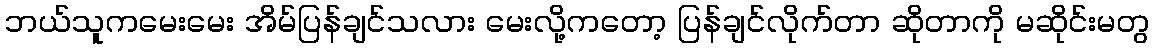
ဘယ်သူကမေးမေး အိမ်ပြန်ချင်သလား မေးလို့ကတော့ ပြန်ချင်လိုက်တာ ဆိုတာကို မဆိုင်းမတွ